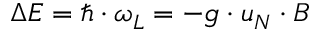
\Delta E = \hbar \cdot \omega _ { L } = - g \cdot u _ { N } \cdot B